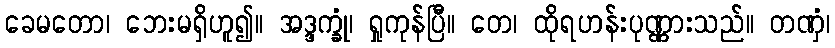
ခေမတော၊ ဘေးမရှိဟူ၍။ အဒ္ဒက္ခုံ၊ ရှုကုန်ပြီ။ တေ၊ ထိုရဟန်းပုဏ္ဏားသည်။ တဏှံ၊